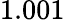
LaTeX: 1.001